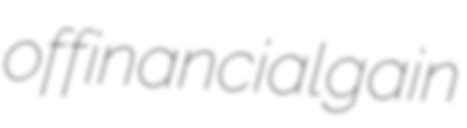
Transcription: of financial gain